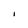
Character: I